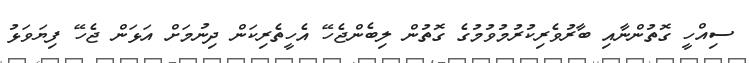
ސިއްހީ ގޮތުންނާއި ބާރުވެރިކުރުމުވުމުގެ ގޮތުން ލިބެންޖެހޭ އެހީތެރިކަން ދިނުމަށް އަޅަން ޖެހޭ ފިޔަވަޅު